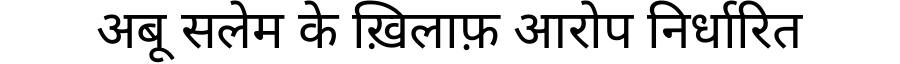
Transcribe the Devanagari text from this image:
अबू सलेम के ख़िलाफ़ आरोप निर्धारित